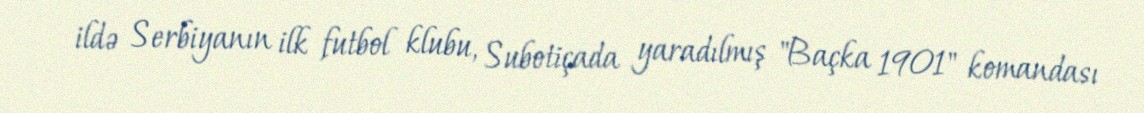
ildə Serbiyanın ilk futbol klubu, Subotiçada yaradılmış "Baçka 1901" komandası